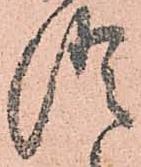
澄